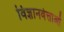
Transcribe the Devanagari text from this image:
विज्ञानवेत्ताओं